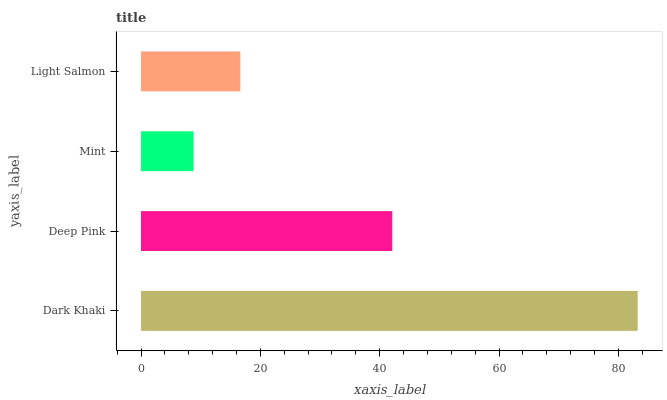
| yaxis_label | bars |
 | --- | --- |
 | Dark Khaki | 83.2 |
 | Deep Pink | 42.1 |
 | Mint | 8.8 |
 | Light Salmon | 16.6 |